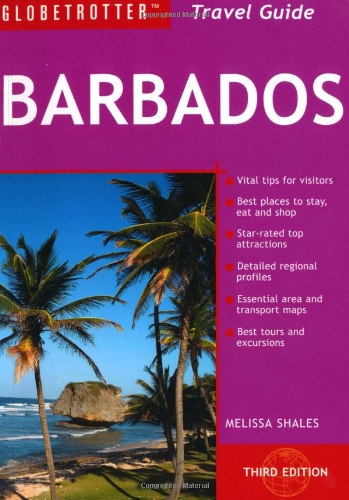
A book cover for Barbados Travel Pack, 3rd (Globetrotter Travel Packs); Melissa Shales; Travel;